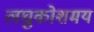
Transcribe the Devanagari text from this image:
लघुकोशमय